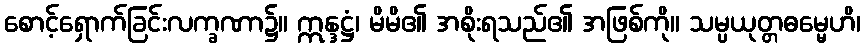
စောင့်ရှောက်ခြင်းလက္ခဏာ၌။ ဣန္ဒဋ္ဌံ၊ မိမိ၏ အစိုးရသည်၏ အဖြစ်ကို။ သမ္ပယုတ္တဓမ္မေဟိ၊